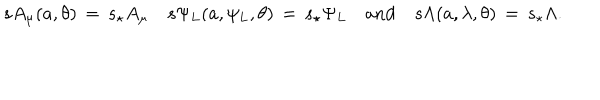
LaTeX: s A _ { \mu } ( a , \theta ) \, = \, s _ { \star } A _ { \mu } \quad s \Psi _ { L } ( a , \psi _ { L } , \theta ) \, = \, s _ { \star } \Psi _ { L } \quad \mathrm { a n d } \quad s \Lambda ( a , \lambda , \theta ) \, = \, s _ { \star } \Lambda .